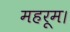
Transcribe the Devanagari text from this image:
महरूम।